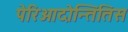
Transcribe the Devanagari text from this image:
पेरिओदोन्तितिस